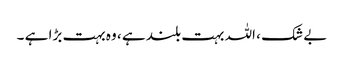
بے شک ، اللہ بہت بلند ہے ، وہ بہت بڑا ہے ۔